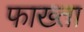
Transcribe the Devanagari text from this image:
फाख्‍ता